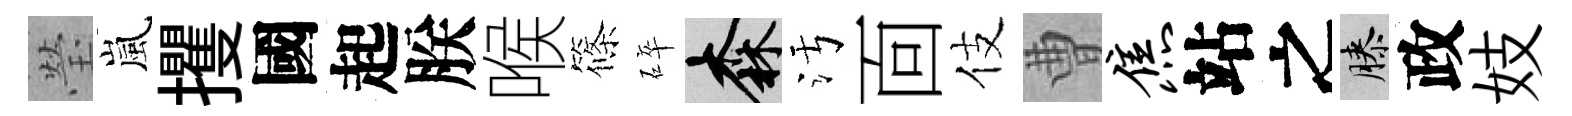
瑩嵐攫國起朕喉篠碎森污靣伎曹焦站之膝政妓